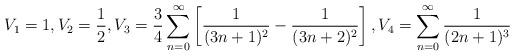
LaTeX: \begin{align*}V_{1}=1,V_2=\frac{1}{2},V_3=\frac{3}{4}\sum_{n=0}^\infty\left[ \frac{1}{(3n+1)^2}-\frac{1}{(3n+2)^2} \right],V_4=\sum_{n=0}^\infty\frac{1}{(2n+1)^3}\end{align*}